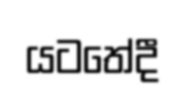
යටතේදී